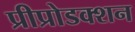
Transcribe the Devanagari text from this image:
प्रीप्रोडक्शन